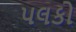
પલકો